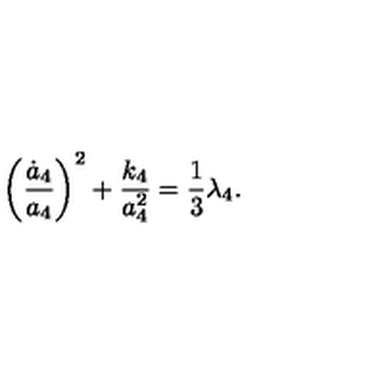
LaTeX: \biggl ( \frac { { \dot { a } } _ { 4 } } { a _ { 4 } } \biggr ) ^ { 2 } + \frac { k _ { 4 } } { a _ { 4 } ^ { 2 } } = \frac { 1 } { 3 } \lambda _ { 4 } .